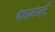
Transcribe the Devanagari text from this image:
कालवर्ट